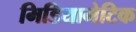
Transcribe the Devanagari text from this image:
मिडियामेटिक